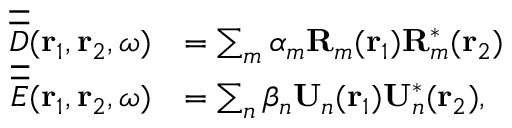
\begin{array} { r l } { \overline { { \overline { { D } } } } ( { \bf r } _ { 1 } , { \bf r } _ { 2 } , \omega ) } & { = \sum _ { m } \alpha _ { m } { \bf R } _ { m } ( { \bf r } _ { 1 } ) { \bf R } _ { m } ^ { \ast } ( { \bf r } _ { 2 } ) } \\ { \overline { { \overline { { E } } } } ( { \bf r } _ { 1 } , { \bf r } _ { 2 } , \omega ) } & { = \sum _ { n } \beta _ { n } { \bf U } _ { n } ( { \bf r } _ { 1 } ) { \bf U } _ { n } ^ { \ast } ( { \bf r } _ { 2 } ) , } \end{array}